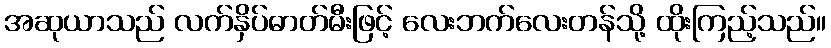
အဆုယာသည် လက်နှိပ်ဓာတ်မီးဖြင့် လေးဘက်လေးတန်သို့ ထိုးကြည့်သည်။